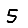
Digit: 5